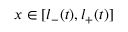
x \in [ l _ { - } ( t ) , l _ { + } ( t ) ]